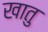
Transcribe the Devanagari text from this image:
खातु